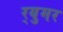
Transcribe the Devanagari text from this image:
र्‍युमर